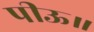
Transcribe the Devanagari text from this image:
पीऊ॥